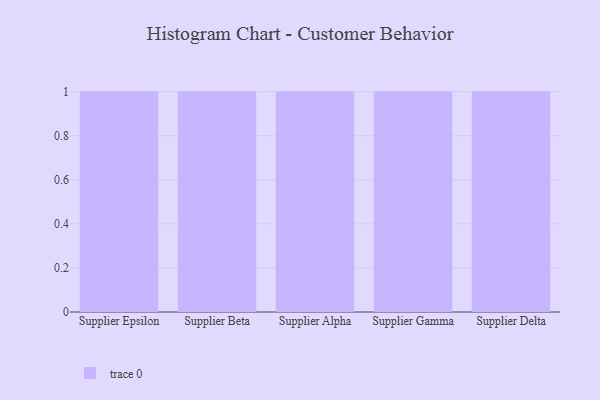
{"axis": {"x": "Supplier", "y": "Market Share (%)"}, "legend": [""], "data": [{"x": "Supplier Epsilon", "y": 2, "type": ""}, {"x": "Supplier Beta", "y": 36, "type": ""}, {"x": "Supplier Alpha", "y": 11, "type": ""}, {"x": "Supplier Gamma", "y": 41, "type": ""}, {"x": "Supplier Delta", "y": 39, "type": ""}]}